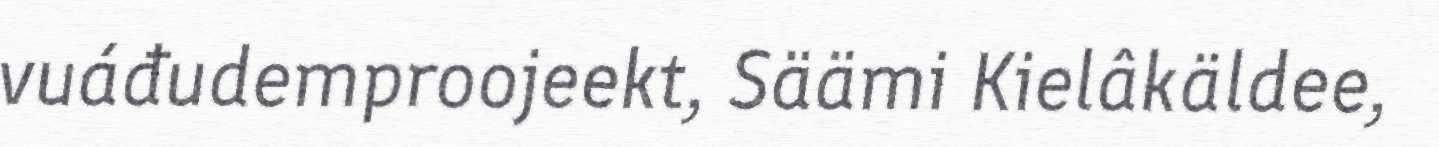
vuáđudemproojeekt, Säämi Kielâkäldee,